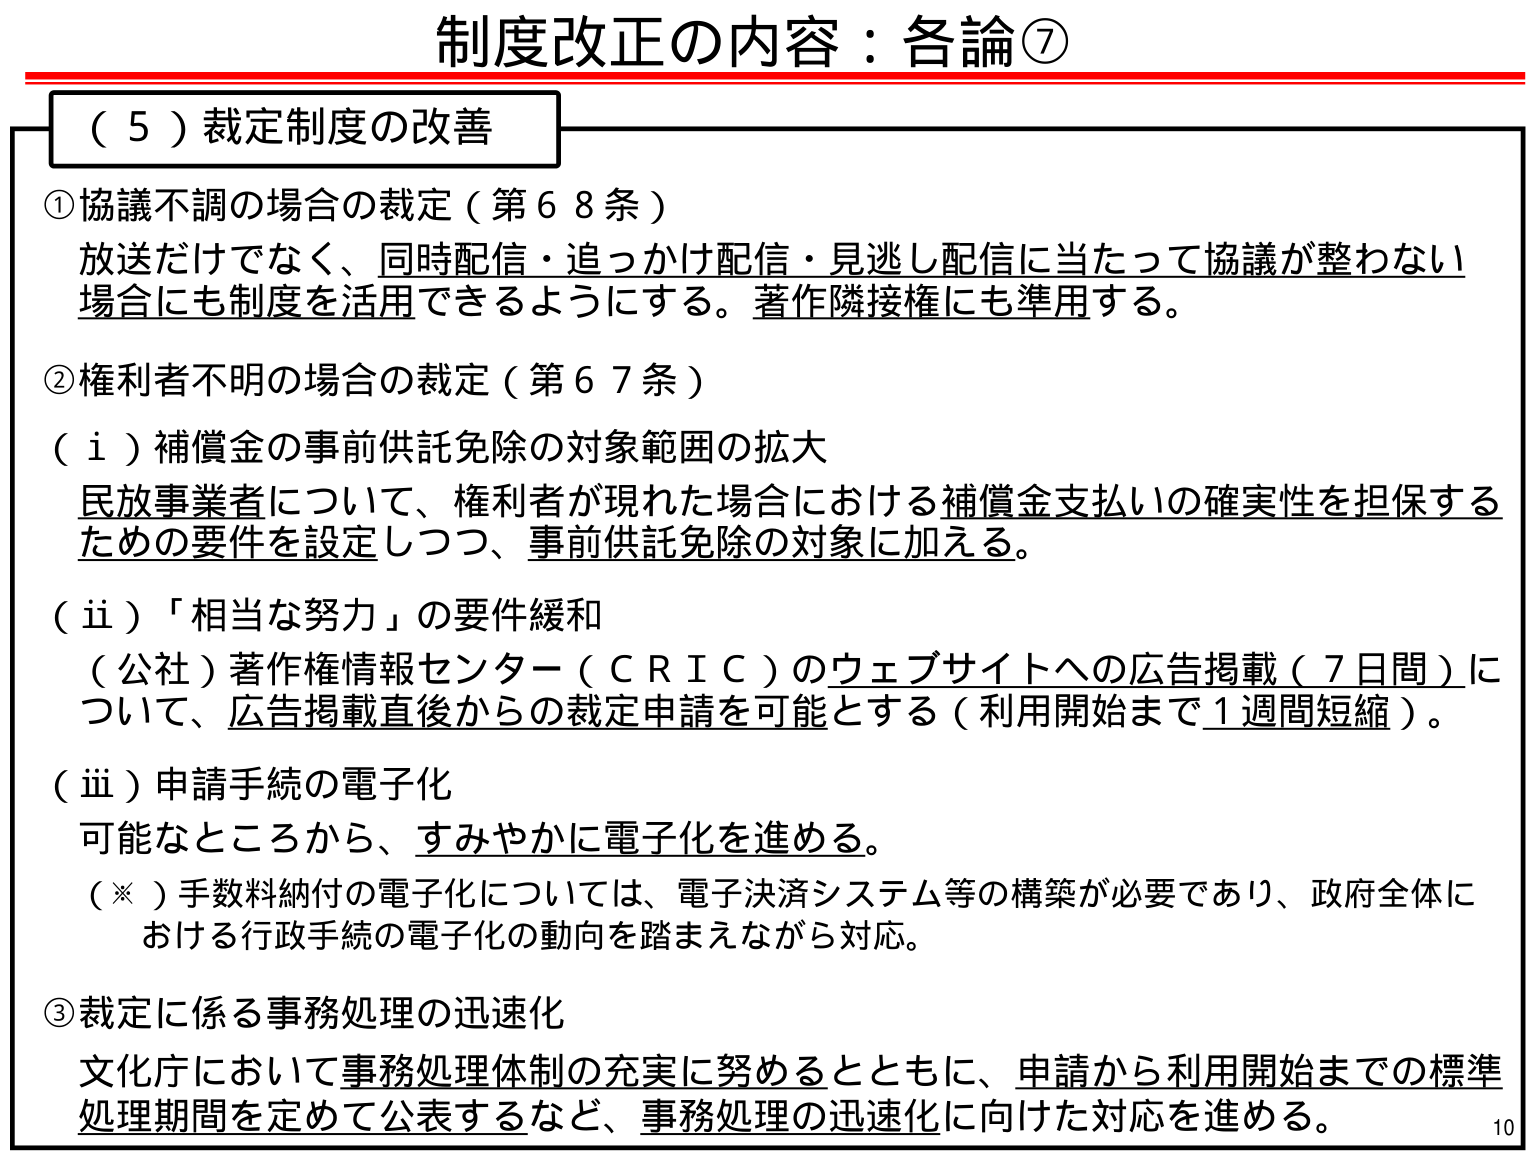
制度改正の内容：各論⑦

（５）裁定制度の改善

①協議不調の場合の裁定（第６８条）
放送だけでなく、同時配信・追っかけ配信・見逃し配信に当たって協議が整わない場合にも制度を活用できるようにする。著作隣接権にも準用する。

②権利者不明の場合の裁定（第６７条）
（ⅰ）補償金の事前供託免除の対象範囲の拡大
民放事業者について、権利者が現れた場合における補償金支払いの確実性を担保するための要件を設定しつつ、事前供託免除の対象に加える。

（ⅱ）「相当な努力」の要件緩和
（公社）著作権情報センター（ＣＲＩＣ）のウェブサイトへの広告掲載（７日間）について、広告掲載直後からの裁定申請を可能とする（利用開始まで１週間短縮）。

（ⅲ）申請手続の電子化
可能なところから、すみやかに電子化を進める。
（※）手数料納付の電子化については、電子決済システム等の構築が必要であり、政府全体における行政手続の電子化の動向を踏まえながら対応。

③裁定に係る事務処理の迅速化
文化庁において事務処理体制の充実に努めるとともに、申請から利用開始までの標準処理期間を定めて公表するなど、事務処理の迅速化に向けた対応を進める。

10